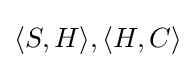
\langle S,H\rangle ,\langle H,C\rangle